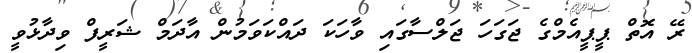
ރޭ އޮތް ޕީޕީއެމްގެ ޖަގަހަ ޖަލްސާގައި ވާހަކަ ދައްކަވަމުން އާދަމް ޝަރީފް ވިދާޅުވީ